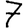
Digit: 7